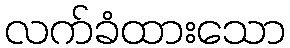
လက်ခံထားသော